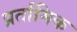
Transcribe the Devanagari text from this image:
प्रर्तामिक